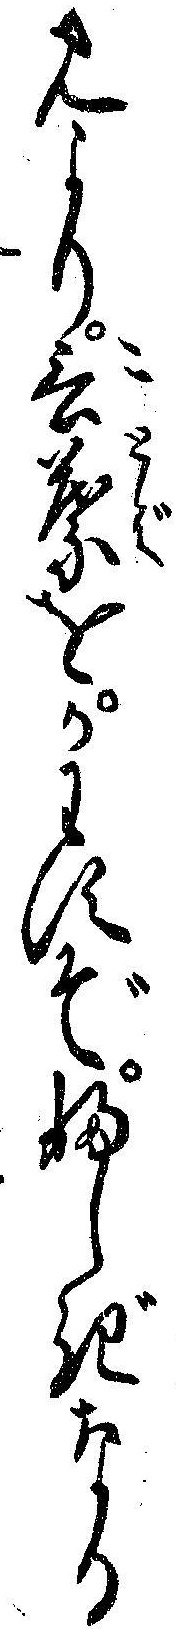
みより言葉をかはすぞふしぎなる